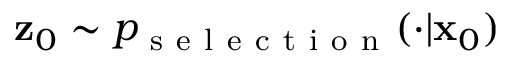
\mathbf { z } _ { 0 } \sim p _ { \mathrm { ~ s ~ e ~ l ~ e ~ c ~ t ~ i ~ o ~ n ~ } } ( \cdot | \mathbf { x } _ { 0 } )